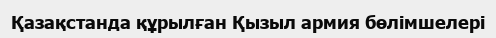
Қазақстанда құрылған Қызыл армия бөлімшелері